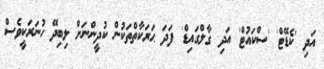
އަދި 'ކެޑޭޓް' 'ސްކައުޓް' އަދި 'ގާލްގައިޑް' ފަދަ ޙަރަކާތްތަކުން ކުދީންނަށް ލިބިދޭ ހުނަރަކީވެސް